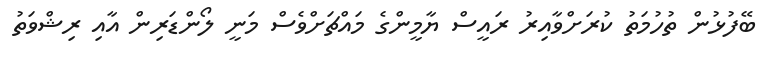
ބޭފުޅުން ތުހުމަތު ކުރަށްވާއިރު ރައީސް ޔާމީންގެ މައްޗަށްވެސް މަނީ ލޯންޑަރިން އާއި ރިޝްވަތު